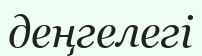
деңгелегі